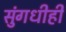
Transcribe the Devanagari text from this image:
सुंगधीही